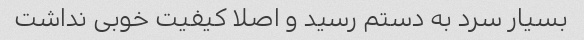
بسیار سرد به دستم رسید و اصلا کیفیت خوبی نداشت